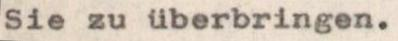
Sie zu überbringen.